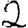
Digit: 2